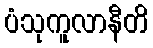
ပံသုကူလာနီတိ